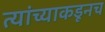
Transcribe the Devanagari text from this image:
त्‍यांच्याकडूनच